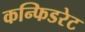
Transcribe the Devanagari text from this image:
कन्फिडरेट